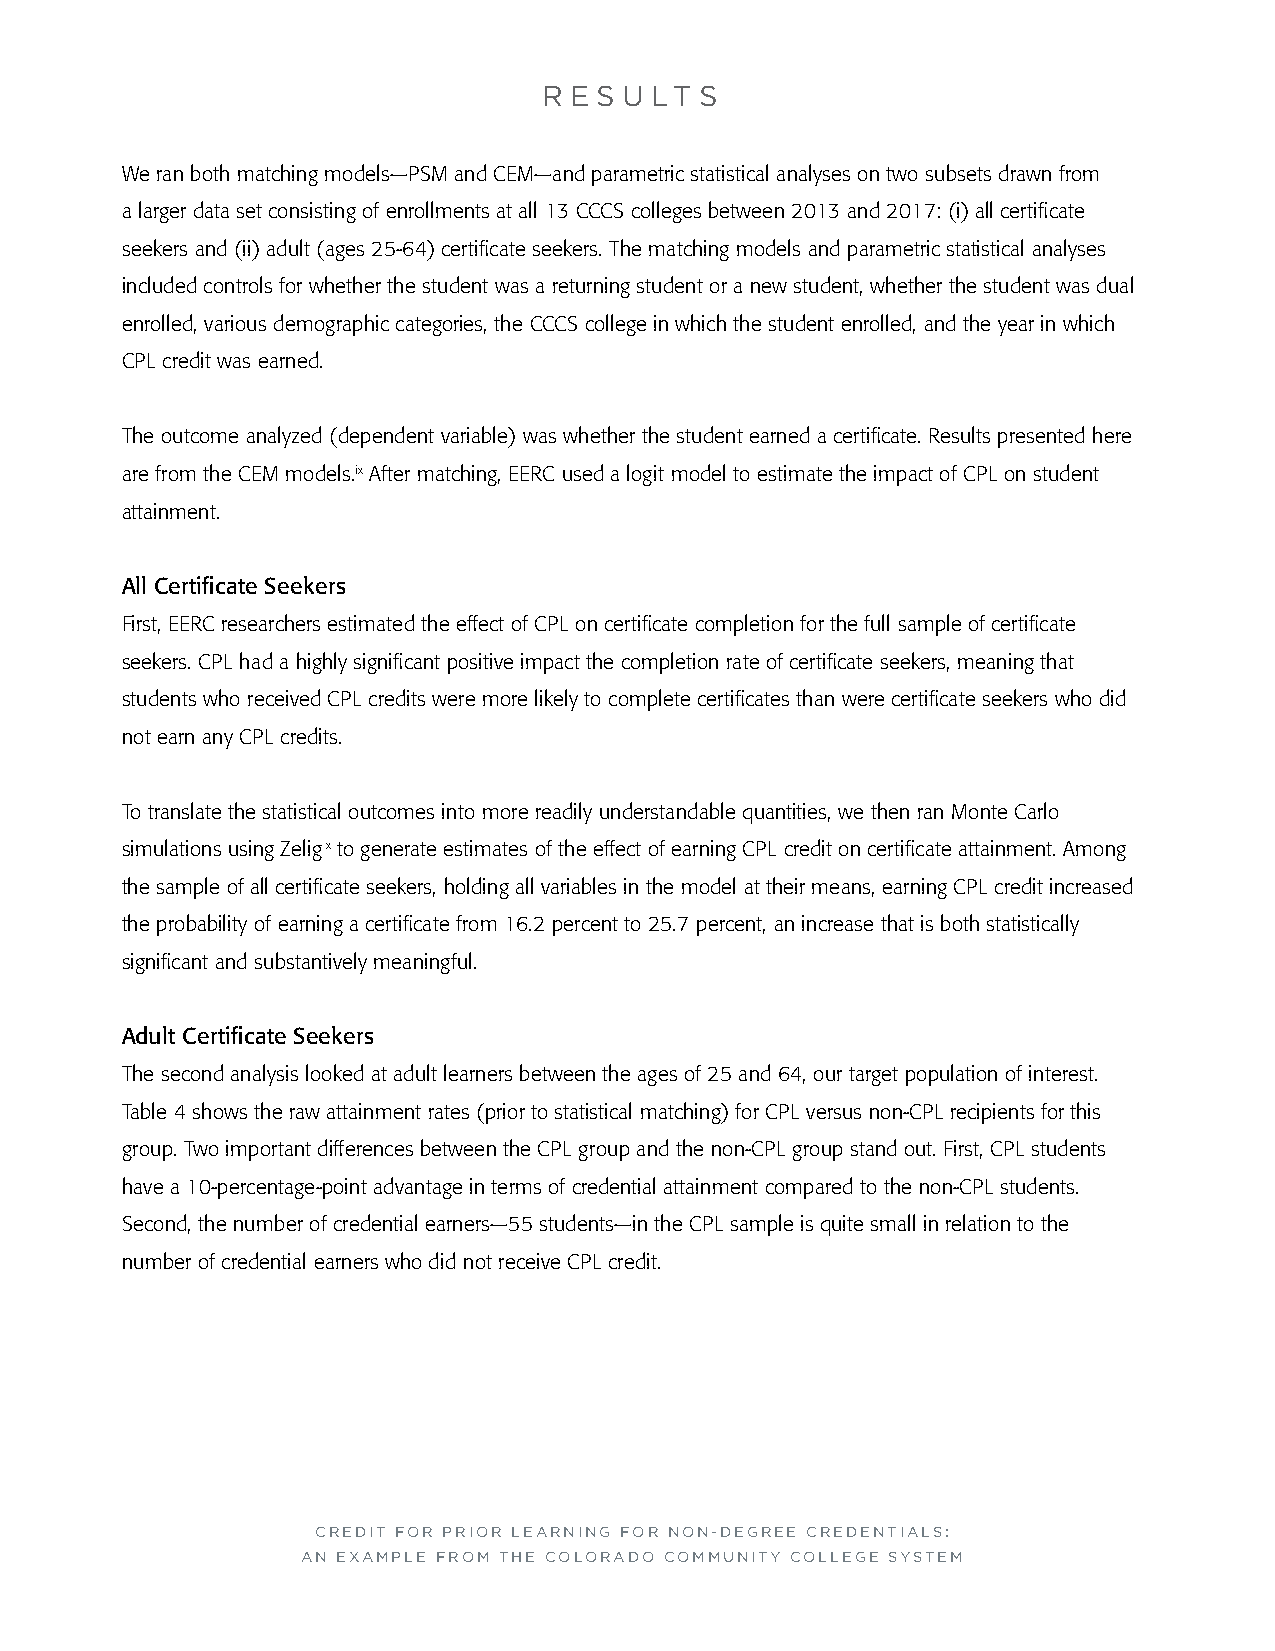
R E S U LT S
 We ran both matching models—PSM and CEM—and parametric statistical analyses on two subsets drawn from
 a larger data set consisting of enrollments at all 13 CCCS colleges between 2013 and 2017: (i) all certificate
 seekers and (ii) adult (ages 25-64) certificate seekers. The matching models and parametric statistical analyses
 included controls for whether the student was a returning student or a new student, whether the student was dual
 enrolled, various demographic categories, the CCCS college in which the student enrolled, and the year in which
 CPL credit was earned.
 The outcome analyzed (dependent variable) was whether the student earned a certificate. Results presented here
 are from the CEM models.ix After matching, EERC used a logit model to estimate the impact of CPL on student
 attainment.
 All Certificate Seekers
 First, EERC researchers estimated the effect of CPL on certificate completion for the full sample of certificate
 seekers. CPL had a highly significant positive impact the completion rate of certificate seekers, meaning that
 students who received CPL credits were more likely to complete certificates than were certificate seekers who did
 not earn any CPL credits.
 To translate the statistical outcomes into more readily understandable quantities, we then ran Monte Carlo
 simulations using Zeligx to generate estimates of the effect of earning CPL credit on certificate attainment. Among
 the sample of all certificate seekers, holding all variables in the model at their means, earning CPL credit increased
 the probability of earning a certificate from 16.2 percent to 25.7 percent, an increase that is both statistically
 significant and substantively meaningful.
 Adult Certificate Seekers
 The second analysis looked at adult learners between the ages of 25 and 64, our target population of interest.
 Table 4 shows the raw attainment rates (prior to statistical matching) for CPL versus non-CPL recipients for this
 group. Two important differences between the CPL group and the non-CPL group stand out. First, CPL students
 have a 10-percentage-point advantage in terms of credential attainment compared to the non-CPL students.
 Second, the number of credential earners—55 students—in the CPL sample is quite small in relation to the
 number of credential earners who did not receive CPL credit.
 CREDIT FOR PRIOR LEARNING FOR NON-DEGREE CREDENTIALS:
 AN EXAMPLE FROM THE COLORADO COMMUNITY COLLEGE SYSTEM